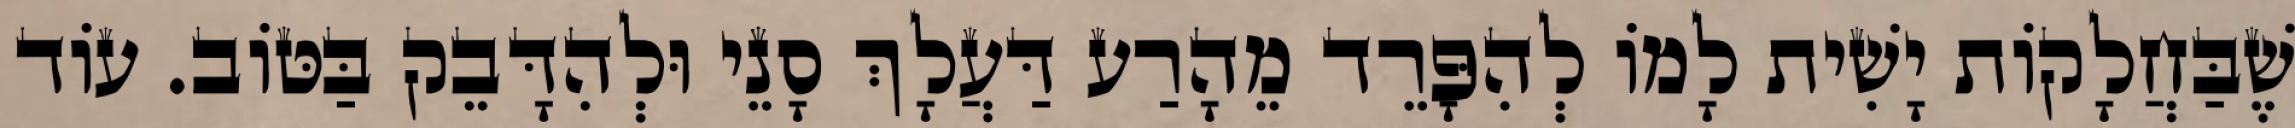
שֶׁבַּחֲלָקוֹת יָשִׁית לָמוֹ לְהִפָּרֵד מֵהָרַע דַּעֲלָךְ סָנֵי וּלְהִדָּבֵק בַּטּוֹב. עוֹד